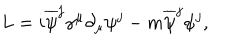
L = i \overline { { { \psi } } } ^ { j } { \gamma } ^ { \mu } \partial _ { \mu } { \psi } ^ { j } - m \overline { { { \psi } } } ^ { j } { \psi } ^ { j } ,